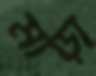
মাড়া